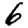
Digit: 6